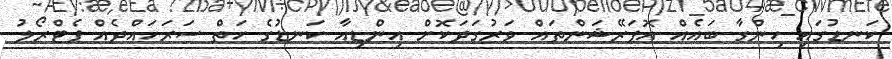
ކަނޑުގައި ހިންގާ ބައެއް އޮޕަރޭޝަންތައް ވަރުގަދަކޮށް އިންޑިއާ ކަނޑުގެ ހަތް ސަރަހައްދެއް ޕެޓްރޯލު